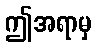
ဤအရာမှ